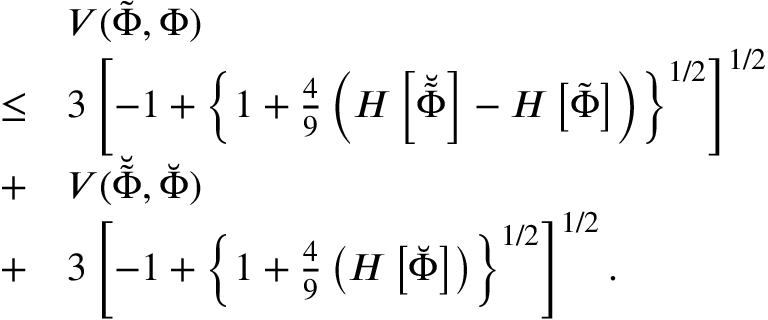
\begin{array} { r l } & { V ( \tilde { \Phi } , \Phi ) } \\ { \leq } & { 3 \left[ - 1 + \left\{ 1 + \frac { 4 } { 9 } \left( H \left[ \breve { \tilde { \Phi } } \right] - H \left[ \tilde { \Phi } \right] \right) \right\} ^ { 1 / 2 } \right] ^ { 1 / 2 } } \\ { + } & { V ( \breve { \tilde { \Phi } } , \breve { \Phi } ) } \\ { + } & { 3 \left[ - 1 + \left\{ 1 + \frac { 4 } { 9 } \left( H \left[ \breve { \Phi } \right] \right) \right\} ^ { 1 / 2 } \right] ^ { 1 / 2 } . } \end{array}